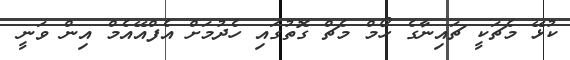
ކުޅޭ މެޗަކީ ޗައިނާގެ ހޯމް މެޗް ގޮތުގައި ހެދުމަށް އެފްއޭއެމް އިން ވަނީ